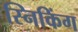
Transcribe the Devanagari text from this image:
स्निकिंग